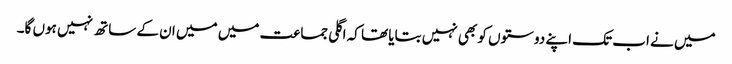
میں نے اب تک اپنے دوستوں کو بھی نہیں بتایا تھا کہ اگلی جماعت میں میں ان کے ساتھ نہیں ہوں گا۔